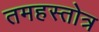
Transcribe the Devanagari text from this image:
तमहस्तोत्र